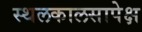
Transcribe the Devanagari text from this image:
स्थलकालसापेक्ष